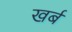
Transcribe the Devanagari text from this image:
खर्ब